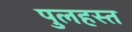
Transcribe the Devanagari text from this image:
पुलहस्त